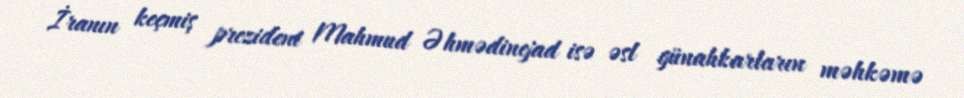
İranın keçmiş prezident Mahmud Əhmədinejad isə əsl günahkarların məhkəmə